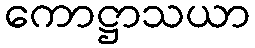
ကောဋ္ဌာသယာ